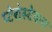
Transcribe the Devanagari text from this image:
प्टेरोस्टेकस